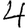
Digit: 4